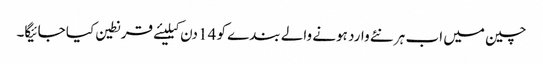
چین میں اب ہر نئے وارد ہونے والے بندے کو 14 دن کیلیئے قرنطین کیا جائیگا۔